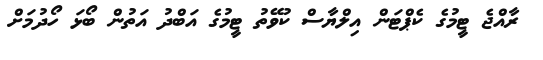
ރާއްޖެ ޓީމުގެ ކެޕްޓަން އިލްޔާސް ކުވޭތު ޓީމުގެ އަބްދު އަތުން ބޯޅަ ހޯދުމަށް